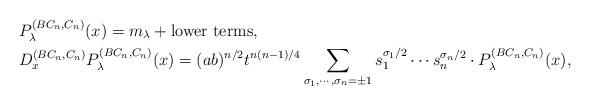
LaTeX: \begin{align*}&P^{(BC_n,C_n)}_\lambda(x)=m_\lambda+\mbox{lower terms},\\&D^{(BC_n,C_n)}_x P^{(BC_n,C_n)}_\lambda(x)=(ab)^{n/2}t^{n(n-1)/4}\sum_{\sigma_1,\cdots,\sigma_n=\pm 1} s_1^{\sigma_1/2}\cdots s_n^{\sigma_n/2}\cdot P^{(BC_n,C_n)}_\lambda(x),\end{align*}